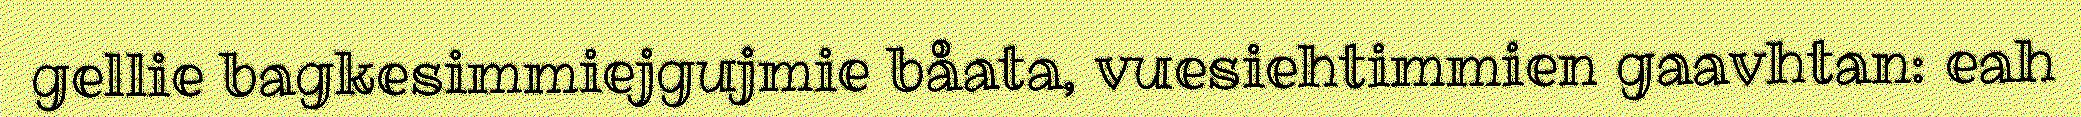
gellie bagkesimmiejgujmie båata, vuesiehtimmien gaavhtan: eah